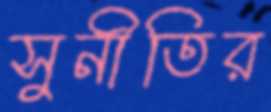
সুনীতির